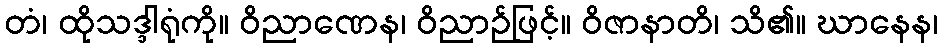
တံ၊ ထိုသဒ္ဒါရုံကို။ ဝိညာဏေန၊ ဝိညာဉ်ဖြင့်။ ဝိဇာနာတိ၊ သိ၏။ ဃာနေန၊